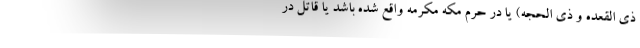
ذی القعده و ذی الحجه) یا در حرم مکه مکرمه واقع شده باشد یا قاتل در